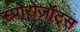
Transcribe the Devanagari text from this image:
स्पोरोज़ॉट्स